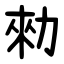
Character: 勑